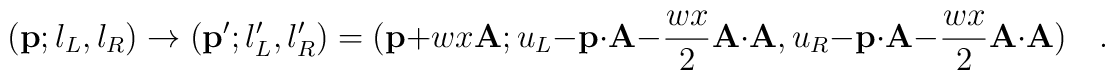
({\bf p}; l_L, l_R) \to({\bf p}'; l^{\prime}_L, l^{\prime}_R) =({\bf p} + w x {\bf A};u_L - {\bf p}\cdot {\bf A}- {{wx}\over{2}} {\bf A} \cdot {\bf A} ,u_R - {\bf p}\cdot {\bf A}- {{wx}\over{2}} {\bf A} \cdot {\bf A} ) \quad .